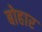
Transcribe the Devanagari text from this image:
बोहार